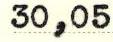
30,05